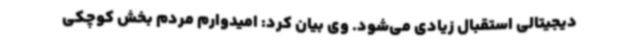
دیجیتالی استقبال زیادی می‌شود. وی بیان کرد: امیدوارم مردم بخش کوچکی